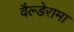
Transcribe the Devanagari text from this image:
वैल्डेरामा